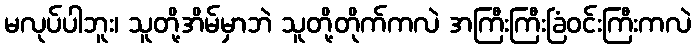
မလုပ်ပါဘူး၊ သူတို့အိမ်မှာဘဲ သူတို့တိုက်ကလဲ အကြီးကြီးခြံဝင်းကြီးကလဲ